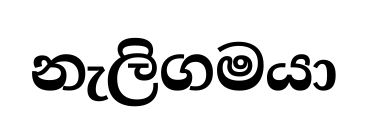
නැලිගමයා